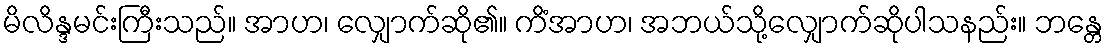
မိလိန္ဒမင်းကြီးသည်။ အာဟ၊ လျှောက်ဆို၏။ ကိံအာဟ၊ အဘယ်သို့လျှောက်ဆိုပါသနည်း။ ဘန္တေ